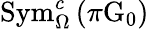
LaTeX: \textnormal{Sym}_{\Omega}^{c}\left(\pi\mathrm{G}_{0}\right)